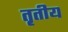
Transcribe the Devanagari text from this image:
त़ृतीय